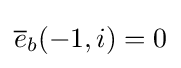
{\overline {e}}_{b}(-1,i)=0\,\!